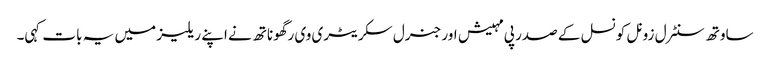
ساوتھ سنٹرل زونل کونسل کے صدر پی مہیش اور جنرل سکریٹری وی رگھوناتھ نے اپنے ریلیز میں یہ بات کہی۔